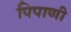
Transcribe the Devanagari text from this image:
पिपाणी